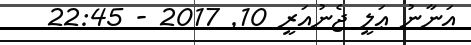
އަނާނު ޢަލީ ޖެނުއަރީ 10